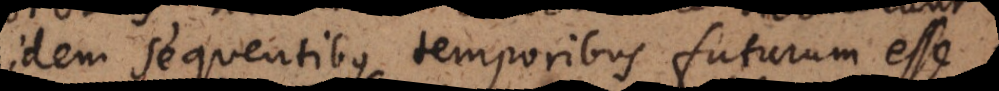
idem sequentibus temporibus futurum esse,